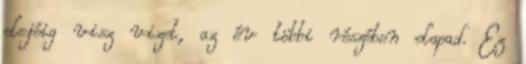
elejéig visz vizet, az év többi részében elapad. Ez